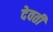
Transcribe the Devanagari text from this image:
देवती